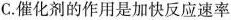
C.催化剂的作用是加快反应速率